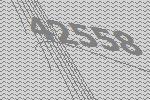
42558